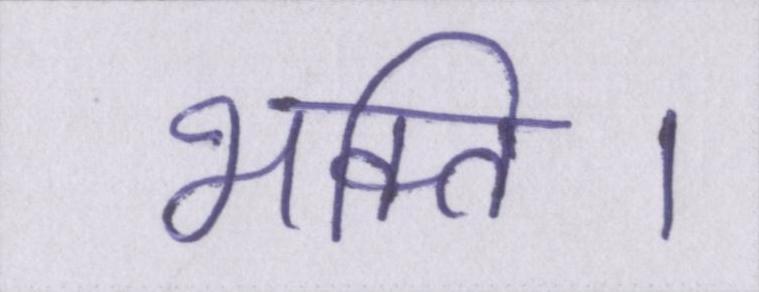
भक्ति।